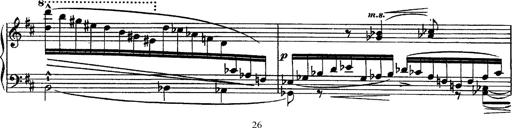
Title: Piano Sonata
Composer: Karl HÃ¤ssler
Key: C major